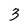
Character: 3